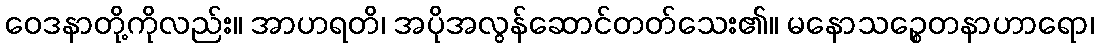
ဝေဒနာတို့ကိုလည်း။ အာဟရတိ၊ အပိုအလွန်ဆောင်တတ်သေး၏။ မနောသဉ္စေတနာဟာရော၊